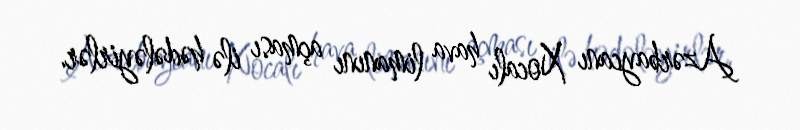
Azərbaycanı Xocalı hava limanını açması ilə hədələyirlər.